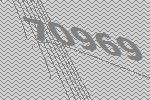
70969